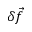
\delta \vec { f }